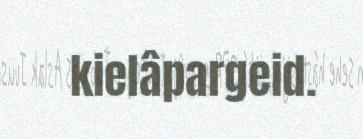
kielâpargeid.